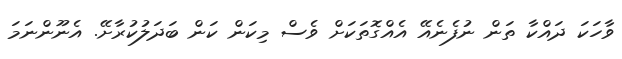
ވާހަކަ ދައްކާ ތަން ނުފެނެއޭ އެއްގޮތަަަކަށް ވެސް މިކަން ކަން ބަދަލުކުރާށޭ. އެނޫންނަމަ